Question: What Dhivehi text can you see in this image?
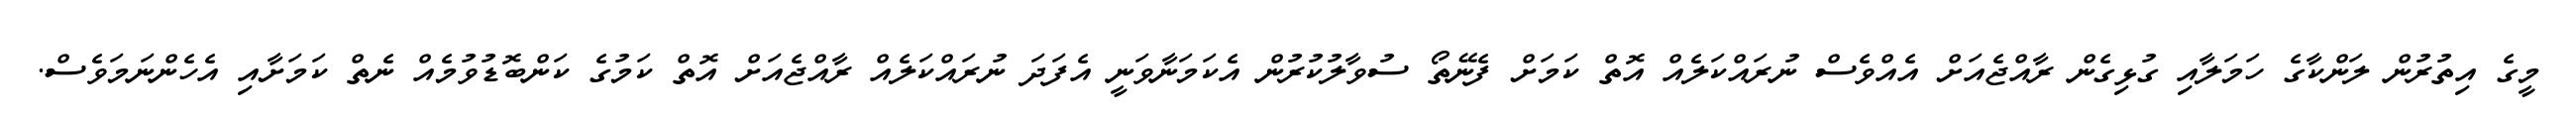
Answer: މީގެ އިތުރުން ލަންކާގެ ހަމަލާއި ގުޅިގެން ރާއްޖެއަށް އެއްވެސް ނުރައްކަލެއް އޮތް ކަމަށް ފެނޭތޯ ސުވާލުކުރުން އެކަމަނާވަނީ އެފަދަ ނުރައްކަލެއް ރާއްޖެއަށް އޮތް ކަމުގެ ކަންބޮޑުވުމެއް ނެތް ކަމަށާއި އެހެންނަމަވެސް.